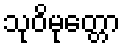
သုဝိမုတ္တော